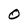
Character: O